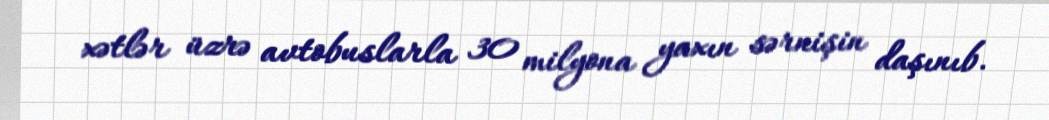
xətlər üzrə avtobuslarla 30 milyona yaxın sərnişin daşınıb.